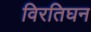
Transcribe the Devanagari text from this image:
विरतिघन